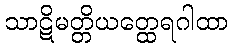
သာဋိမတ္တိယတ္ထေရဂါထာ